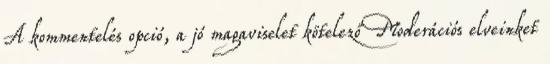
A kommentelés opció, a jó magaviselet kötelező Moderációs elveinket